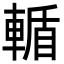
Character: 輴